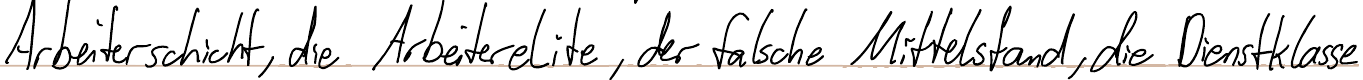
Arbeiterschicht, die Arbeiterelite, der falsche Mittelstand, die Dienstklasse